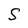
Character: S